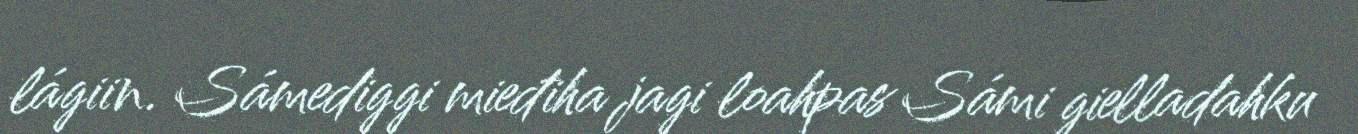
lágiin. Sámediggi mieđiha jagi loahpas Sámi gielladahku